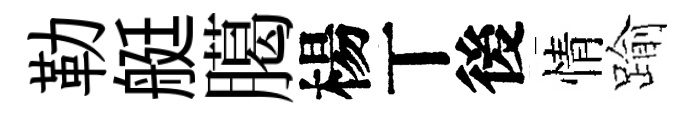
勒艇臈楊丅後情踰